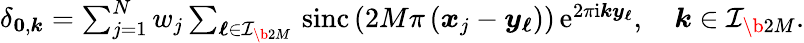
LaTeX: \begin{array}{r}{\delta_{\boldsymbol 0,\boldsymbol k}=\sum_{j=1}^{N}w_{j}\sum_{\boldsymbol\ell\in\mathcal I_{\b{2M}}}\, \mathrm{sinc}\left(2M\pi\left(\boldsymbol x_{j}-\boldsymbol y_{\boldsymbol\ell}\right)\right)\, \mathrm e^{2\pi\mathrm i\boldsymbol k\boldsymbol y_{\boldsymbol\ell}},\quad\boldsymbol k\in\mathcal I_{\b{2M}}.}\end{array}